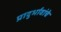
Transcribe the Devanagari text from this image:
प्रादुर्भावांचे